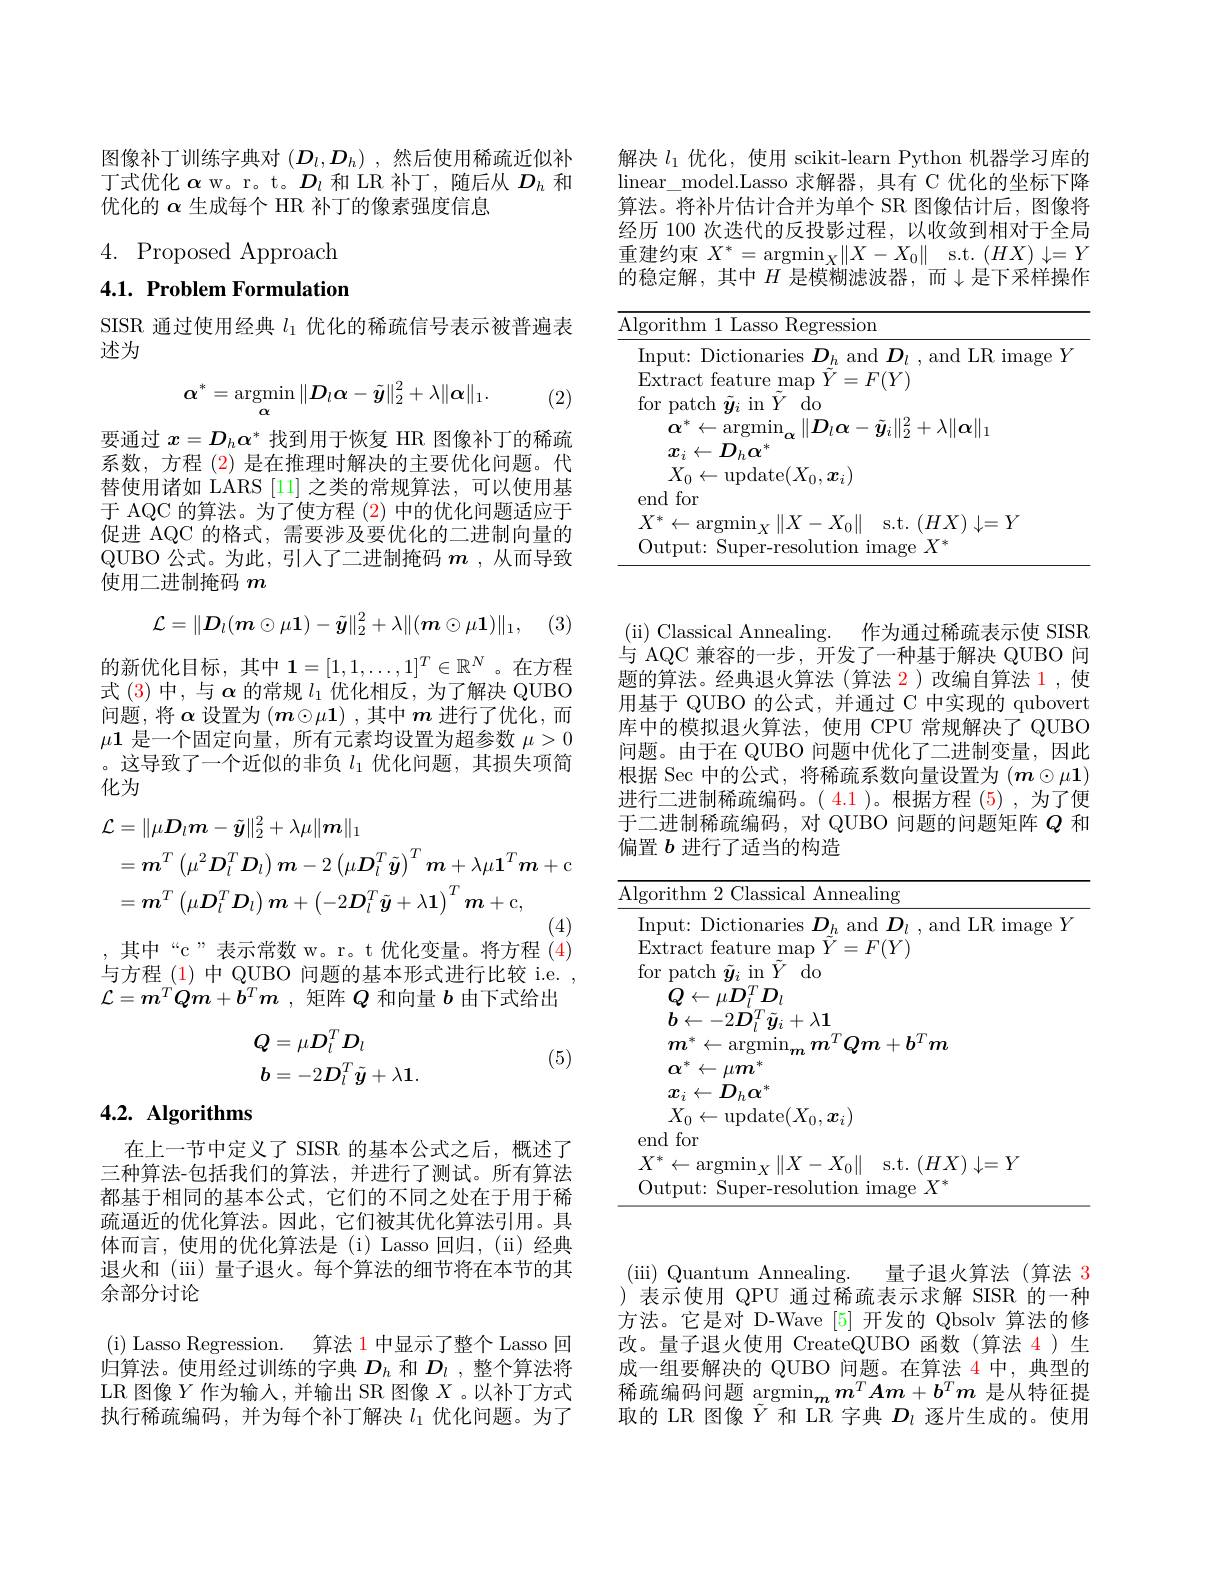
解决$l_1$优化，使用 scikit-learn Python 机器学习库的linear\_model.Lasso 求解器，具有 C 优化的坐标下降算法。将补片估计合并为单个 SR 图像估计后，图像将经历 100 次迭代的反投影过程，以收敛到相对于全局重建约束$X^*=\operatorname*{argmin}_X\|X-X_0\|$ s.t. $(HX)\downarrow=Y$ 的稳定解，其中$H$ 是模糊滤波器，而$\downarrow$是下采样操作

<table>
	<tbody>
		<tr>
			<td>Alg . 1 112</td>
			<td>Lasso Regression</td>
		</tr>
	</tbody>
</table>

图像补丁训练字典对$(D_l,D_h)$ ,然后使用稀疏近似补丁式优化$\alpha$ w。r。t。$D_l$和 LR 补丁，随后从$D_h$和优化的$\alpha$生成每个 HR 补丁的像素强度信息

4. Proposed Approach 4.1. Problem Formulation

SISR 通过使用经典$l_1$优化的稀疏信号表示被普遍表
述为
$$\alpha^*=\underset{\alpha}{\operatorname*{argmin}}\|D_l\alpha-\tilde{y}\|_2^2+\lambda\|\alpha\|_1.$$
(2)

要通过$x=D_h\alpha^*$找到用于恢复 HR 图像补丁的稀疏系数，方程 (2) 是在推理时解决的主要优化问题。代替使用诸如 LARS [11] 之类的常规算法，可以使用基于 AQC 的算法。为了使方程 (2) 中的优化问题适应于促进 AQC 的格式，需要涉及要优化的二进制向量的QUBO 公式。为此，引人了二进制掩码$m$ ,从而导致使用二进制掩码$m$
$$\mathcal{L}=\|D_l(\boldsymbol{m}\odot\mu\mathbf{1})-\tilde{\boldsymbol{y}}\|_2^2+\lambda\|(\boldsymbol{m}\odot\mu\mathbf{1})\|_1,$$
(3)

的新优化目标，其中$\mathbf{1}=[1,1,\ldots,1]^T\in\mathbb{R}^N$。在方程式 (3)中，与$\alpha$的常规$l_1$优化相反，为了解决 QUBO 问题，将$\boldsymbol\alpha$设置为$(\boldsymbol{m}\odot\mu1)$ ,其中$\boldsymbol{m}$进行了优化，而$\mu1$是一个固定向量，所有元素均设置为超参数$\mu>0$ 。这导致了一个近似的非负$l_1$优化问题，其损失项简化为
$$\begin{aligned}\mathcal{L}&=\|\mu\boldsymbol{D}_{l}\boldsymbol{m}-\tilde{\boldsymbol{y}}\|_{2}^{2}+\lambda\mu\|\boldsymbol{m}\|_{1}\\&=\boldsymbol{m}^{T}\left(\mu^{2}\boldsymbol{D}_{l}^{T}\boldsymbol{D}_{l}\right)\boldsymbol{m}-2\left(\mu\boldsymbol{D}_{l}^{T}\tilde{\boldsymbol{y}}\right)^{T}\boldsymbol{m}+\lambda\mu\boldsymbol{1}^{T}\boldsymbol{m}+c\\&=\boldsymbol{m}^{T}\left(\mu\boldsymbol{D}_{l}^{T}\boldsymbol{D}_{l}\right)\boldsymbol{m}+\left(-2\boldsymbol{D}_{l}^{T}\tilde{\boldsymbol{y}}+\lambda\boldsymbol{1}\right)^{T}\boldsymbol{m}+\mathrm{c},\end{aligned}$$
,其中“c”表示常数 w。r。t 优化变量。将方程 (4)

与方程 (1) 中 QUBO 问题的基本形式进行比较 i.e. $\mathcal{L}=\boldsymbol{m}^T\boldsymbol{Q}\boldsymbol{m}+\boldsymbol{b}^T\boldsymbol{m}$ ,矩阵$Q$和向量$b$由下式给出
$$\begin{aligned}&\boldsymbol{Q}=\mu\boldsymbol{D}_{l}^{T}\boldsymbol{D}_{l}\\&\boldsymbol{b}=-2\boldsymbol{D}_{l}^{T}\tilde{\boldsymbol{y}}+\lambda\mathbf{1}.\end{aligned}$$
(5)

# 4.2. Algorithms

在上一节中定义了 SISR 的基本公式之后，概述了三种算法-包括我们的算法，并进行了测试。所有算法都基于相同的基本公式，它们的不同之处在于用于稀疏逼近的优化算法。因此，它们被其优化算法引用。具体而言，使用的优化算法是(i) Lasso 回归，(ii) 经典退火和 (iii) 量子退火。每个算法的细节将在本节的其余部分讨论

( i) Lasso Regression. 算法 1 中显示了整个 Lasso 回归算法。使用经过训练的字典$D_h$和$D_l$ ,整个算法将LR 图像$Y$作为输入，并输出 SR 图像$X$ 。以补丁方式执行稀疏编码，并为每个补丁解决$l_1$优化问题。为了

( ii) Classical Annealing. 作为通过稀疏表示使 SISR 与 AQC 兼容的一步，开发了一种基于解决 QUBO 问题的算法。经典退火算法(算法 2)改编自算法 1,使用基于 QUBO 的公式，并通过 C 中实现的 qubovert 库中的模拟退火算法，使用 CPU 常规解决了 QUBO 问题。由于在 QUBO 问题中优化了二进制变量，因此根据 Sec 中的公式，将稀疏系数向量设置为$(m\odot\mu1)$ 进行二进制稀疏编码。( 4.1)。根据方程 (5),为了便于二进制稀疏编码，对 QUBO 问题的问题矩阵$Q$和偏置$b$进行了适当的构造

<table>
	<tbody>
		<tr>
			<td>$\overline{\mathrm{lg}}$</td>
			<td>$\operatorname{hm}2$ Classical Annealing</td>
		</tr>
	</tbody>
</table>

(iii) Quantum Annealing.
量子退火算法(算法 3
)表示使用 QPU 通过稀疏表示求解 SISR 的一种方法。它是对 D-Wave[5] 开发的 Qbsolv 算法的修改。量子退火使用 CreateQUBO 函数(算法 4)生成一组要解决的 QUBO 问题。在算法 4 中，典型的稀疏编码问题 argmin$_mm^TA\boldsymbol{m}+\boldsymbol{b}^T\boldsymbol{m}$是从特征提取的 LR 图像$\tilde{Y}$和 LR 字典$D_\iota$逐片生成的。使用